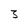
Character: 3